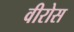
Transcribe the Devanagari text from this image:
वीरोस